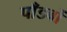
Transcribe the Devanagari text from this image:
पाँडवों